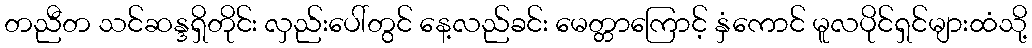
တညီတ သင်ဆန္ဒရှိတိုင်း လှည်းပေါ်တွင် နေ့လည်ခင်း မေတ္တာကြောင့် နှံကောင် မူလပိုင်ရှင်များထံသို့